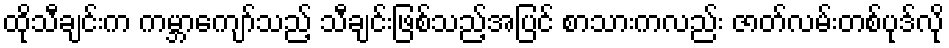
ထိုသီချင်းက ကမ္ဘာကျော်သည့် သီချင်းဖြစ်သည့်အပြင် စာသားကလည်း ဇာတ်လမ်းတစ်ပုဒ်လို